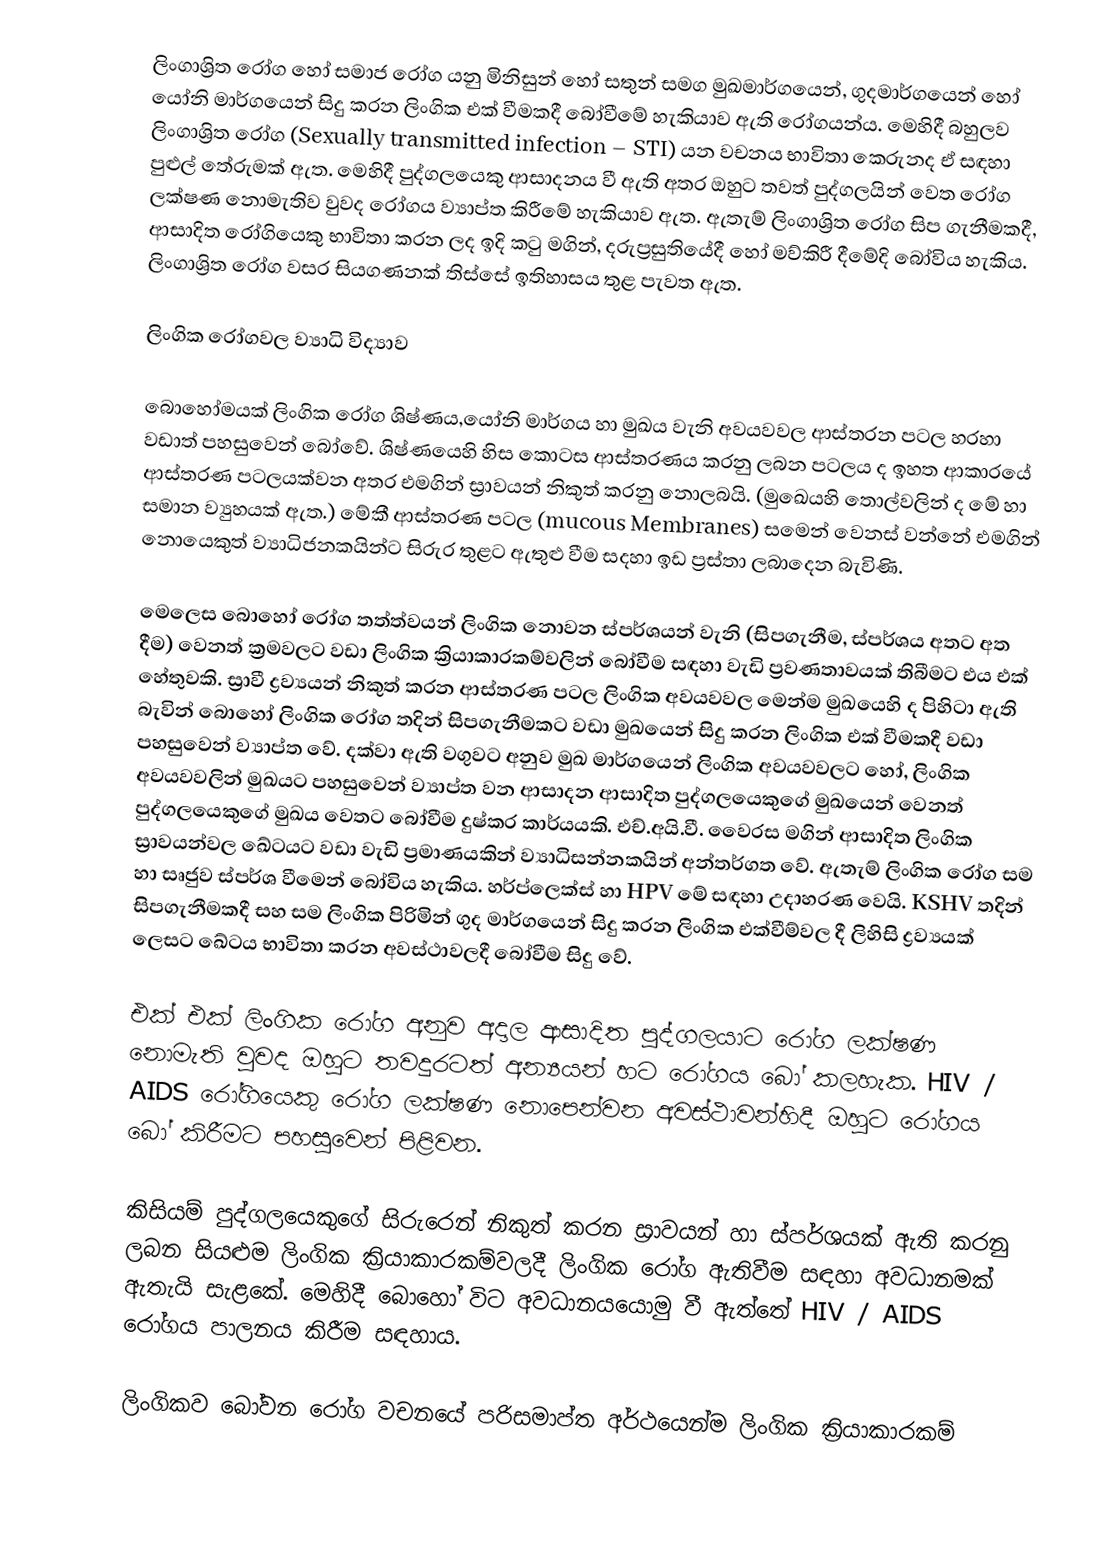
ලිංගාශ්‍රිත රෝග හෝ සමාජ රෝග යනු මිනිසුන් හෝ සතුන් සමග මුඛමාර්ගයෙන්, ගුදමාර්ගයෙන් හෝ යෝනි මාර්ගයෙන් සිදු කරන ලිංගික එක් වීමකදී බෝවීමේ හැකියාව ඇති රෝගයන්ය. මෙහිදී බහුලව ලිංගාශ්‍රිත රෝග (Sexually transmitted infection – STI) යන වචනය භාවිතා කෙරුනද ඒ සඳහා පුළුල් තේරුමක් ඇත. මෙහිදී පුද්ගලයෙකු ආසාදනය වී ඇති අතර ඔහුට තවත් පුද්ගලයින් වෙත රෝග ලක්ෂණ නොමැතිව වුවද රෝගය ව්‍යාප්ත කිරීමේ හැකියාව ඇත. ඇතැම් ලිංගාශ්‍රිත රෝග සිප ගැනීමකදී, ආසාදිත රෝගියෙකු භාවිත‍ා කරන ලද ඉදි කටු මගින්, දරුප්‍රසුතියේදී හෝ මව්කිරී දීමේදි බෝවිය හැකිය. ලිංගාශ්‍රිත රෝග වසර සියගණනක් තිස්සේ ඉතිහාසය තුළ පැවත ඇත.

ලිංගික රෝගවල ව්‍යාධි විද්‍යාව

බොහෝමයක් ලිංගික රෝග ශිෂ්ණය,යෝනි මාර්ගය හා මුඛය වැනි අවයවවල ආස්තරන පටල හරහා වඩාත් පහසුවෙන් බෝවේ. ශිෂ්ණයෙහි හිස කොටස ආස්තරණය කරනු ලබන පටලය ද ඉහත ආකාරයේ ආස්තරණ පටලයක්වන අතර එමගින් ස්‍රාවයන් නිකුත් කරනු නොලබයි. (මුඛෙයහි තොල්වලින් ද මේ හා සමාන ව්‍යුහයක් ඇත.) මේකී ආස්තරණ පටල (mucous Membranes) සමෙන් වෙනස් වන්නේ එමගින් නොයෙකුත් ව්‍යාධිජනකයින්ට සිරුර තුළට ඇතුළු වීම සදහා ඉඩ ප්‍රස්තා ලබාදෙන බැවිණි.

මෙලෙස බොහෝ රෝග තත්ත්වයන් ලිංගික නොවන ස්පර්ශයන් වැනි (සිපගැනීම, ස්පර්ශය අතට අත දීම) වෙනත් ක්‍රමවලට වඩා ලිංගික ක්‍රියාකාරකම්වලින් බෝවීම සඳහා වැඩි ප්‍රවණතාවයක් තිබීමට එය එක් හේතුවකි. ස්‍රාවී ද්‍රව්‍යයන් නිකුත් කරන ආස්තරණ පටල ලිංගික අවයවවල මෙන්ම මුඛයෙහි ද පිහිටා ඇති බැවින් බොහෝ ලිංගික රෝග තදින් සිපගැනීමකට වඩා මුඛයෙන් සිදු කරන ලිංගික එක් වීමකදී වඩා පහසුවෙන් ව්‍යාප්ත වේ. දක්වා ඇති වගුවට අනුව මුඛ මාර්ගයෙන් ලිංගික අවයවවලට හෝ, ලිංගික අවයවවලින් මුඛයට පහසුවෙන් ව්‍යාප්ත වන ආසාදන ආසාදිත පුද්ගලයෙකුගේ මුඛයෙන් වෙනත් පුද්ගලයෙකුගේ මුඛය වෙතට බෝවීම දුෂ්කර කාර්යයකි. එච්.අයි.වී. වෛරස මගින් ආසාදිත ලිංගික ස්‍රාවයන්වල ඛේටයට වඩා වැඩි ප්‍රමාණයකින් ව්‍යාධිසන්නකයින් අන්තර්ගත වේ. ඇතැම් ලිංගික රෝග සම හා සෘජුව ස්පර්ශ වීමෙන් බෝවිය හැකිය. හර්ප්ලෙක්ස් හා HPV මේ සඳහා උදාහරණ වෙයි. KSHV තදින් සිපගැනීමකදී සහ සම ලිංගික පිරිමින් ගුද මාර්ගයෙන් සිදු කරන ලිංගික එක්වීම්වල දී ලිහිසි ද්‍රව්‍යයක් ලෙසට ඛේටය භාවිතා කරන අවස්ථාවලදී බෝවීම සිදු වේ.

එක් එක් ලිංගික රෝග අනුව අදාල ආසාදිත පුද්ගලයාට රෝග ලක්ෂණ නොමැති වුවද ඔහුට තවදුරටත් අන්‍යයන් හට රෝගය බෝ කලහැක. HIV / AIDS රෝගියෙකු රෝග ලක්ෂණ නොපෙන්වන අවස්ථාවන්හිදී ඔහුට රෝගය බෝ කිරීමට පහසුවෙන් පිළිවන.

කිසියම් පුද්ගලයෙකුගේ සිරුරෙන් නිකුත් කරන ස්‍රාවයන් හා ස්පර්ශයක් ඇති කරනු ලබන සියළුම ලිංගික ක්‍රියාකාරකම්වලදී ලිංගික රෝග ඇතිවීම සඳහා අවධානමක් ඇතැයි සැළකේ. මෙහිදී බොහෝ විට අවධානයයොමු වී ඇත්තේ HIV / AIDS රෝගය පාලනය කිරීම සඳහාය.

ලිංගිකව බෝවන රෝග වචනයේ පරිසමාප්ත අර්ථයෙන්ම ලිංගික ක්‍රියාකාරකම්